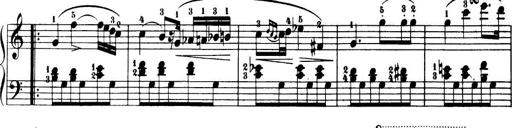
Title: 32 Sonatinas and Rondos for the Piano
Composer: Richard Kleinmichel